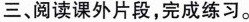
三、阅读课外片段，完成练习。